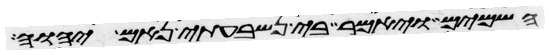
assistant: השמים ויאמר בי נשבעתי נאם יהוה